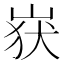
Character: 𮱬